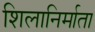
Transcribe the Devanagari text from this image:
शिलानिर्माता